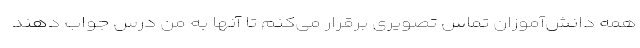
همه دانش‌آموزان تماس تصویری برقرار می‌کنم تا آنها به من درس جواب دهند